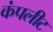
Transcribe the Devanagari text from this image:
कंपलीट